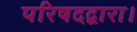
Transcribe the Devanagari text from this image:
परिषदद्वारा।